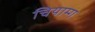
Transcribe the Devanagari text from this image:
चियाम्ग